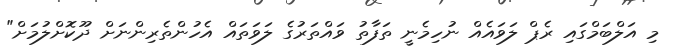
މި އަލްބަމްގައި ރެޕް ލަވައެއް ނުހިމެނީ ތަފާތު ވައްތަރުގެ ލަވަތައް އެހުންތެރިންނަށް ދޫކޮށްލުމަށް"